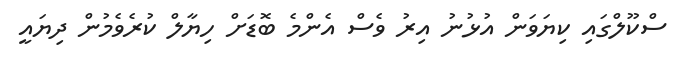
ސްކޫލްގައި ކިޔަވަން އުޅުނު އިރު ވެސް އެންމެ ބޮޑަށް ހިޔާލް ކުރެވެމުން ދިޔައީ